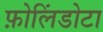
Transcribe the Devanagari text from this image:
फ़ोलिंडोटा